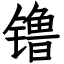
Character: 镥